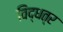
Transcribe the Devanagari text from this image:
विद्धत्र